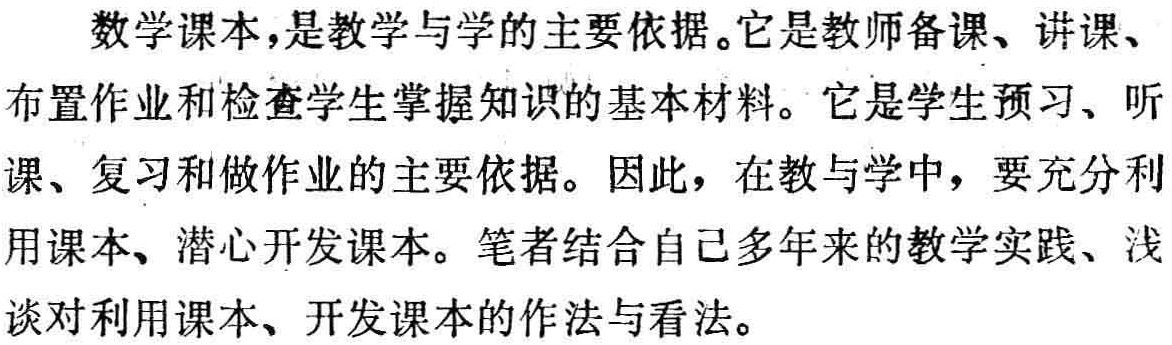
数学课本，是教学与学的主要依据。它是教师备课、讲课、布置作业和检查学生掌握知识的基本材料。它是学生预习、听课、复习和做作业的主要依据。因此，在教与学中，要充分利用课本、潜心开发课本。笔者结合自己多年来的教学实践、浅谈对利用课本、开发课本的作法与看法。